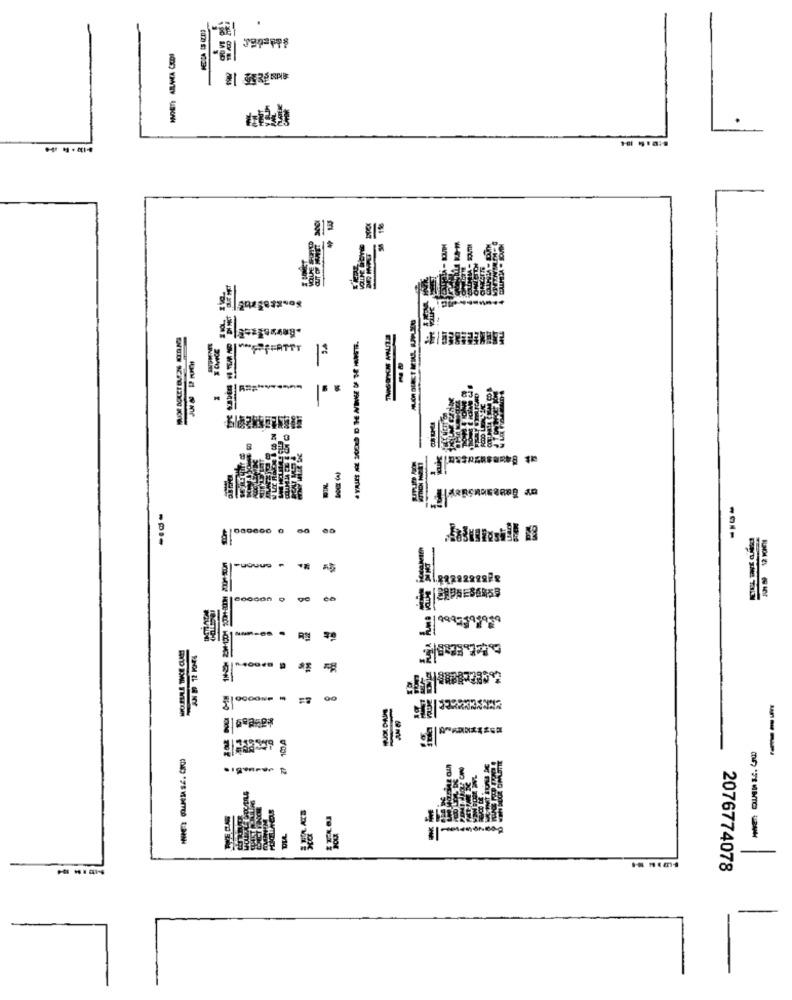
Bevas
SRFATTI
EIN.
PUSUUS
1.22292929ª
---
2076774078